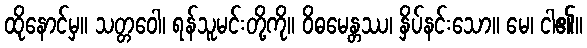
ထိုနောင်မှ။ သတ္တဝေါ၊ ရန်သူမင်းတို့ကို။ ဝိဓမေန္တဿ၊ နှိပ်နင်းသော။ မေ၊ ငါ၏။